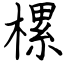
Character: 樏